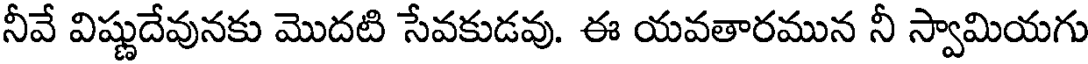
నీవే విష్ణుదేవునకు మొదటి సేవకుడవు. ఈ యవతారమున నీ స్వామియగు